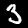
Label: 3